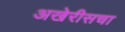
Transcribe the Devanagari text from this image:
अखेरीसचा